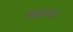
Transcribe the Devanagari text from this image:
शहस्त्रा